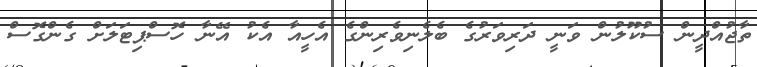
ތާޖުއްދީން ސުކޫލުން ވަނީ ދަރިވަރުގެ ބެލެނިވެރިންގެ އެހީއާ އެކު އޭނާ ހޮސްޕިޓަލަށް ގެންގޮސް